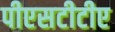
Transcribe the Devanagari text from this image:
पीएसटीटीए